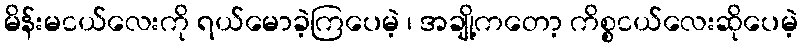
မိန်းမငယ်လေးကို ရယ်မောခဲ့ကြပေမဲ့ ၊ အချို့ကတော့ ကိစ္စငယ်လေးဆိုပေမဲ့